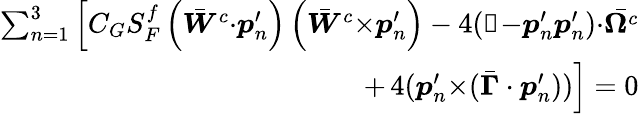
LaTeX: \begin{array}{r}{\sum_{n=1}^{3}\left[C_{G}S_{F}^{f}\left(\bar{\boldsymbol{W}}^{c}{\cdot}\boldsymbol{p}_{n}^{\prime}\right)\left(\bar{\boldsymbol{W}}^{c}{\times}\boldsymbol{p}_{n}^{\prime}\right)-4(\mathbb{1}{-}\boldsymbol{p}_{n}^{\prime}\boldsymbol{p}_{n}^{\prime}){\cdot}\bar{\boldsymbol{\Omega}^{\textit{c}}}\right.}\\ {+\left.4(\boldsymbol{p}_{n}^{\prime}{\times}(\bar{\boldsymbol{\Gamma}}\cdot\boldsymbol{p}_{n}^{\prime}))\right]=0}\end{array}